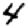
Digit: 4